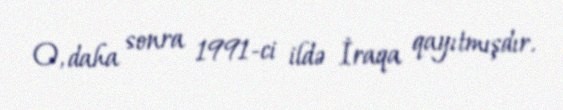
O, daha sonra 1991-ci ildə İraqa qayıtmışdır.